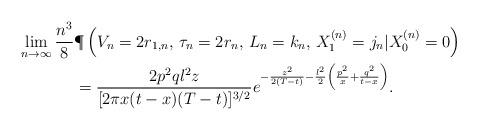
LaTeX: \begin{align*}\lim\limits_{n\to \infty}\frac{n^{3}}{8}&\P\left(V_n=2r_{1,n},\, \tau_n=2r_n, \, L_n=k_n,\, X^{\left(n\right)}_1=j_n|X_{0}^{\left(n\right)}=0\right)\\&=\frac{2p^2ql^2z}{[2\pi x(t-x)(T-t)]^{3/2}}e^{-\frac{z^2}{2(T-t)}-\frac{l^2}{2}\left(\frac{p^2}{x}+\frac{q^2}{t-x}\right)}.\end{align*}